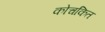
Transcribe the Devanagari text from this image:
कोचकित